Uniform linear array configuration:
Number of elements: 24
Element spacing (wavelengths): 0.5
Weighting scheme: binomial
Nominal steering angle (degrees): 45
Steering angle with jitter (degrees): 43.921
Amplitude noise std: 0.05
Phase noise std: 0.05

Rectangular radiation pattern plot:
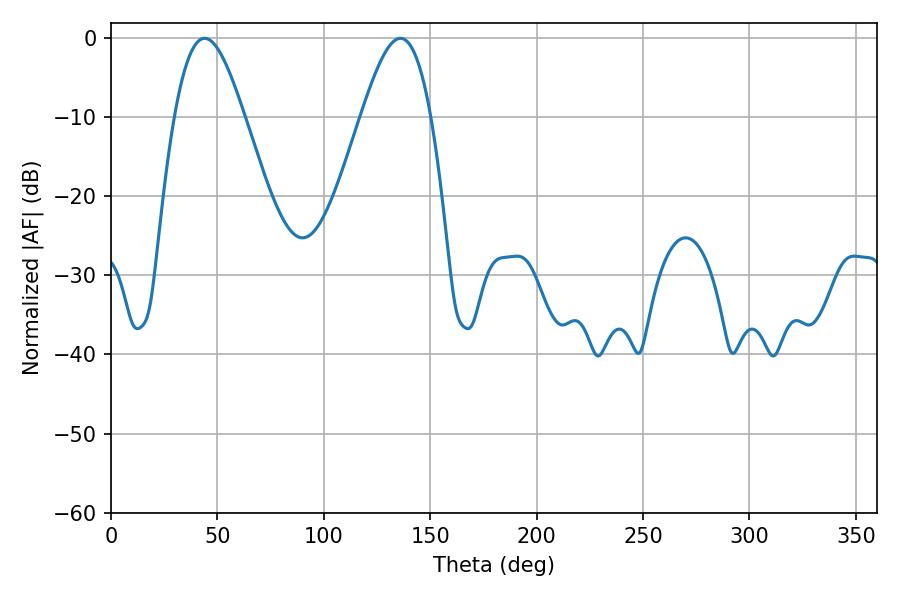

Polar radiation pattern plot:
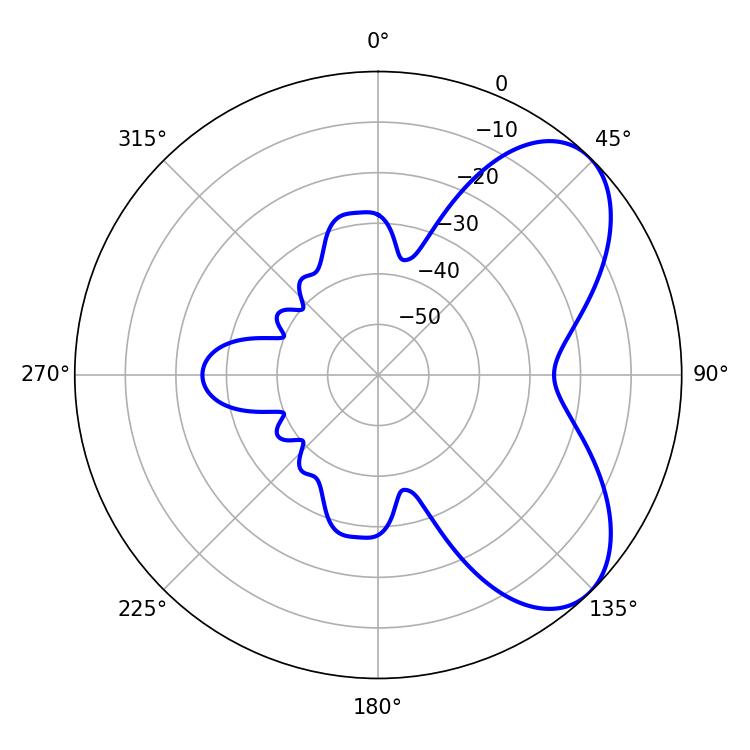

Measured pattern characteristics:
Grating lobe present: FALSE
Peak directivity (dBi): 6.236
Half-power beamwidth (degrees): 17.64
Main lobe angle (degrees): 43.92